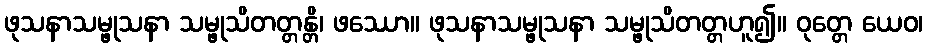
ဖုသနာသမ္ဖုသနာ သမ္ဖုသိတတ္တန္တိ၊ ဖဿော။ ဖုသနာသမ္ဖုသနာ သမ္ဖုသိတတ္တဟူ၍။ ဝုတ္တေ ယေဝ၊